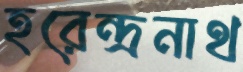
হরেন্দ্রনাথ